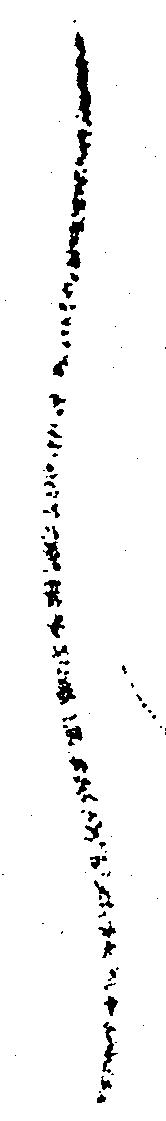
し